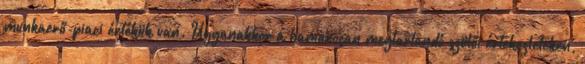
munkaerő-piaci értékük van. Ugyanakkor a hamarosan megtartandó szülői értekezleteken,